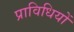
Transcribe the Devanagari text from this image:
प्राविधियों